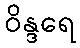
ဝိန္ဒရေ